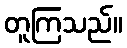
တူကြသည်။